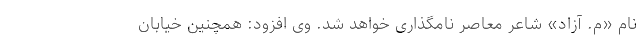
نام «م. آزاد» شاعر معاصر نامگذاری خواهد شد. وی افزود: همچنین خیابان